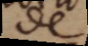
de